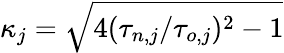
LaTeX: \kappa_{j}=\sqrt{4(\tau_{n,j}/\tau_{o,j})^{2}-1}